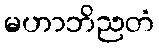
မဟာဘိညတံ